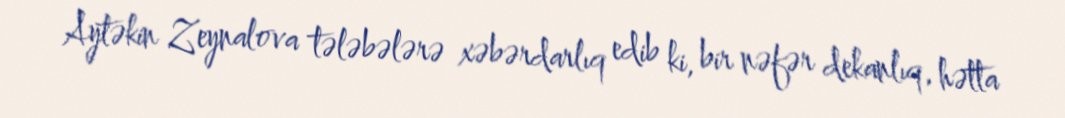
Aytəkin Zeynalova tələbələrə xəbərdarlıq edib ki, bir nəfər dekanlıq, hətta